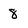
Character: 8